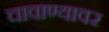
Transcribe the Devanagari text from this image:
चावाण्यावर